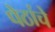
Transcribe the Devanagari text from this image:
पेठांचे